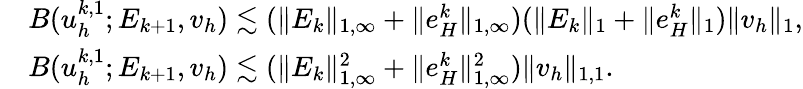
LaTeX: \begin{array}{rl}&{B(u_{h}^{k,1};E_{k+1},v_{h})\lesssim(\| E_{k}\| _{1,\infty}+\| e_{H}^{k}\| _{1,\infty})(\| E_{k}\| _{1}+\| e_{H}^{k}\| _{1})\| v_{h}\| _{1},}\\ &{B(u_{h}^{k,1};E_{k+1},v_{h})\lesssim(\| E_{k}\| _{1,\infty}^{2}+\| e_{H}^{k}\| _{1,\infty}^{2})\| v_{h}\| _{1,1}.}\end{array}